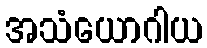
အသံယောဂါယ